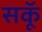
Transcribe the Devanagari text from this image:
सकॅू